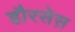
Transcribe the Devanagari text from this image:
हौरसेस़